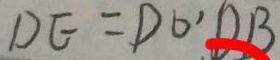
D E = D O ^ { \prime } D B